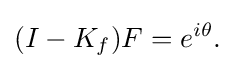
\displaystyle {(I-K_{f})F=e^{i\theta }.}